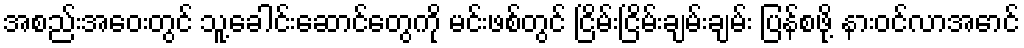
အစည်းအဝေးတွင် သူ့ခေါင်းဆောင်တွေကို မင်းဖစ်တွင် ငြိမ်းငြိမ်းချမ်းချမ်း ပြန်စဖို့ နားဝင်လာအောင်